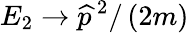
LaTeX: E_{2}\rightarrow\widehat{p}^{\, 2}/\left(2m\right)